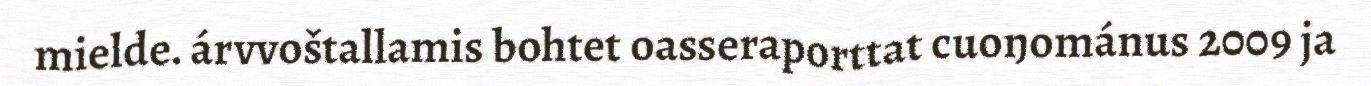
mielde. árvvoštallamis bohtet oasseraporttat cuoŋománus 2009 ja